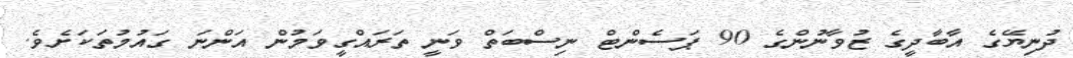
ދުނިޔޭގެ އާބާދީގެ ޒުވާނުންގެ 90 ޕަސެންޓް ނިސްބަތް ވަނީ ތަރައްގީވަމުން އަންނަ ގައުމުތަކަށެވެ.